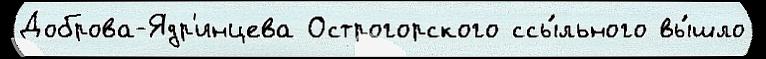
Доброва-Ядр'инцева Острогорского ссы́льного вы́шло